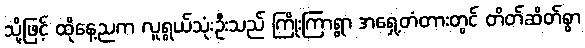
သို့ဖြင့် ထိုနေ့ညက လူရွယ်သုံးဦးသည် ကြိုးကြာရွာ အရှေ့တံတားတွင် တိတ်ဆိတ်စွာ